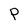
Character: P